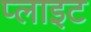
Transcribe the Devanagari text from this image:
प्लाइट